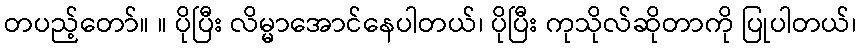
တပည့်တော်။ ။ ပိုပြီး လိမ္မာအောင်နေပါတယ်၊ ပိုပြီး ကုသိုလ်ဆိုတာကို ပြုပါတယ်၊